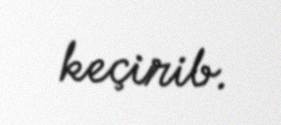
keçirib.